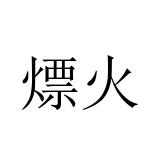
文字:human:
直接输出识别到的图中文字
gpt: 熛火